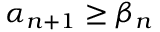
\alpha _ { n + 1 } \geq \beta _ { n }